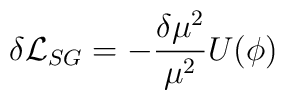
\delta {\cal {L}}_{SG}=-\frac{\delta \mu ^{2}}{\mu ^{2}}U(\phi )